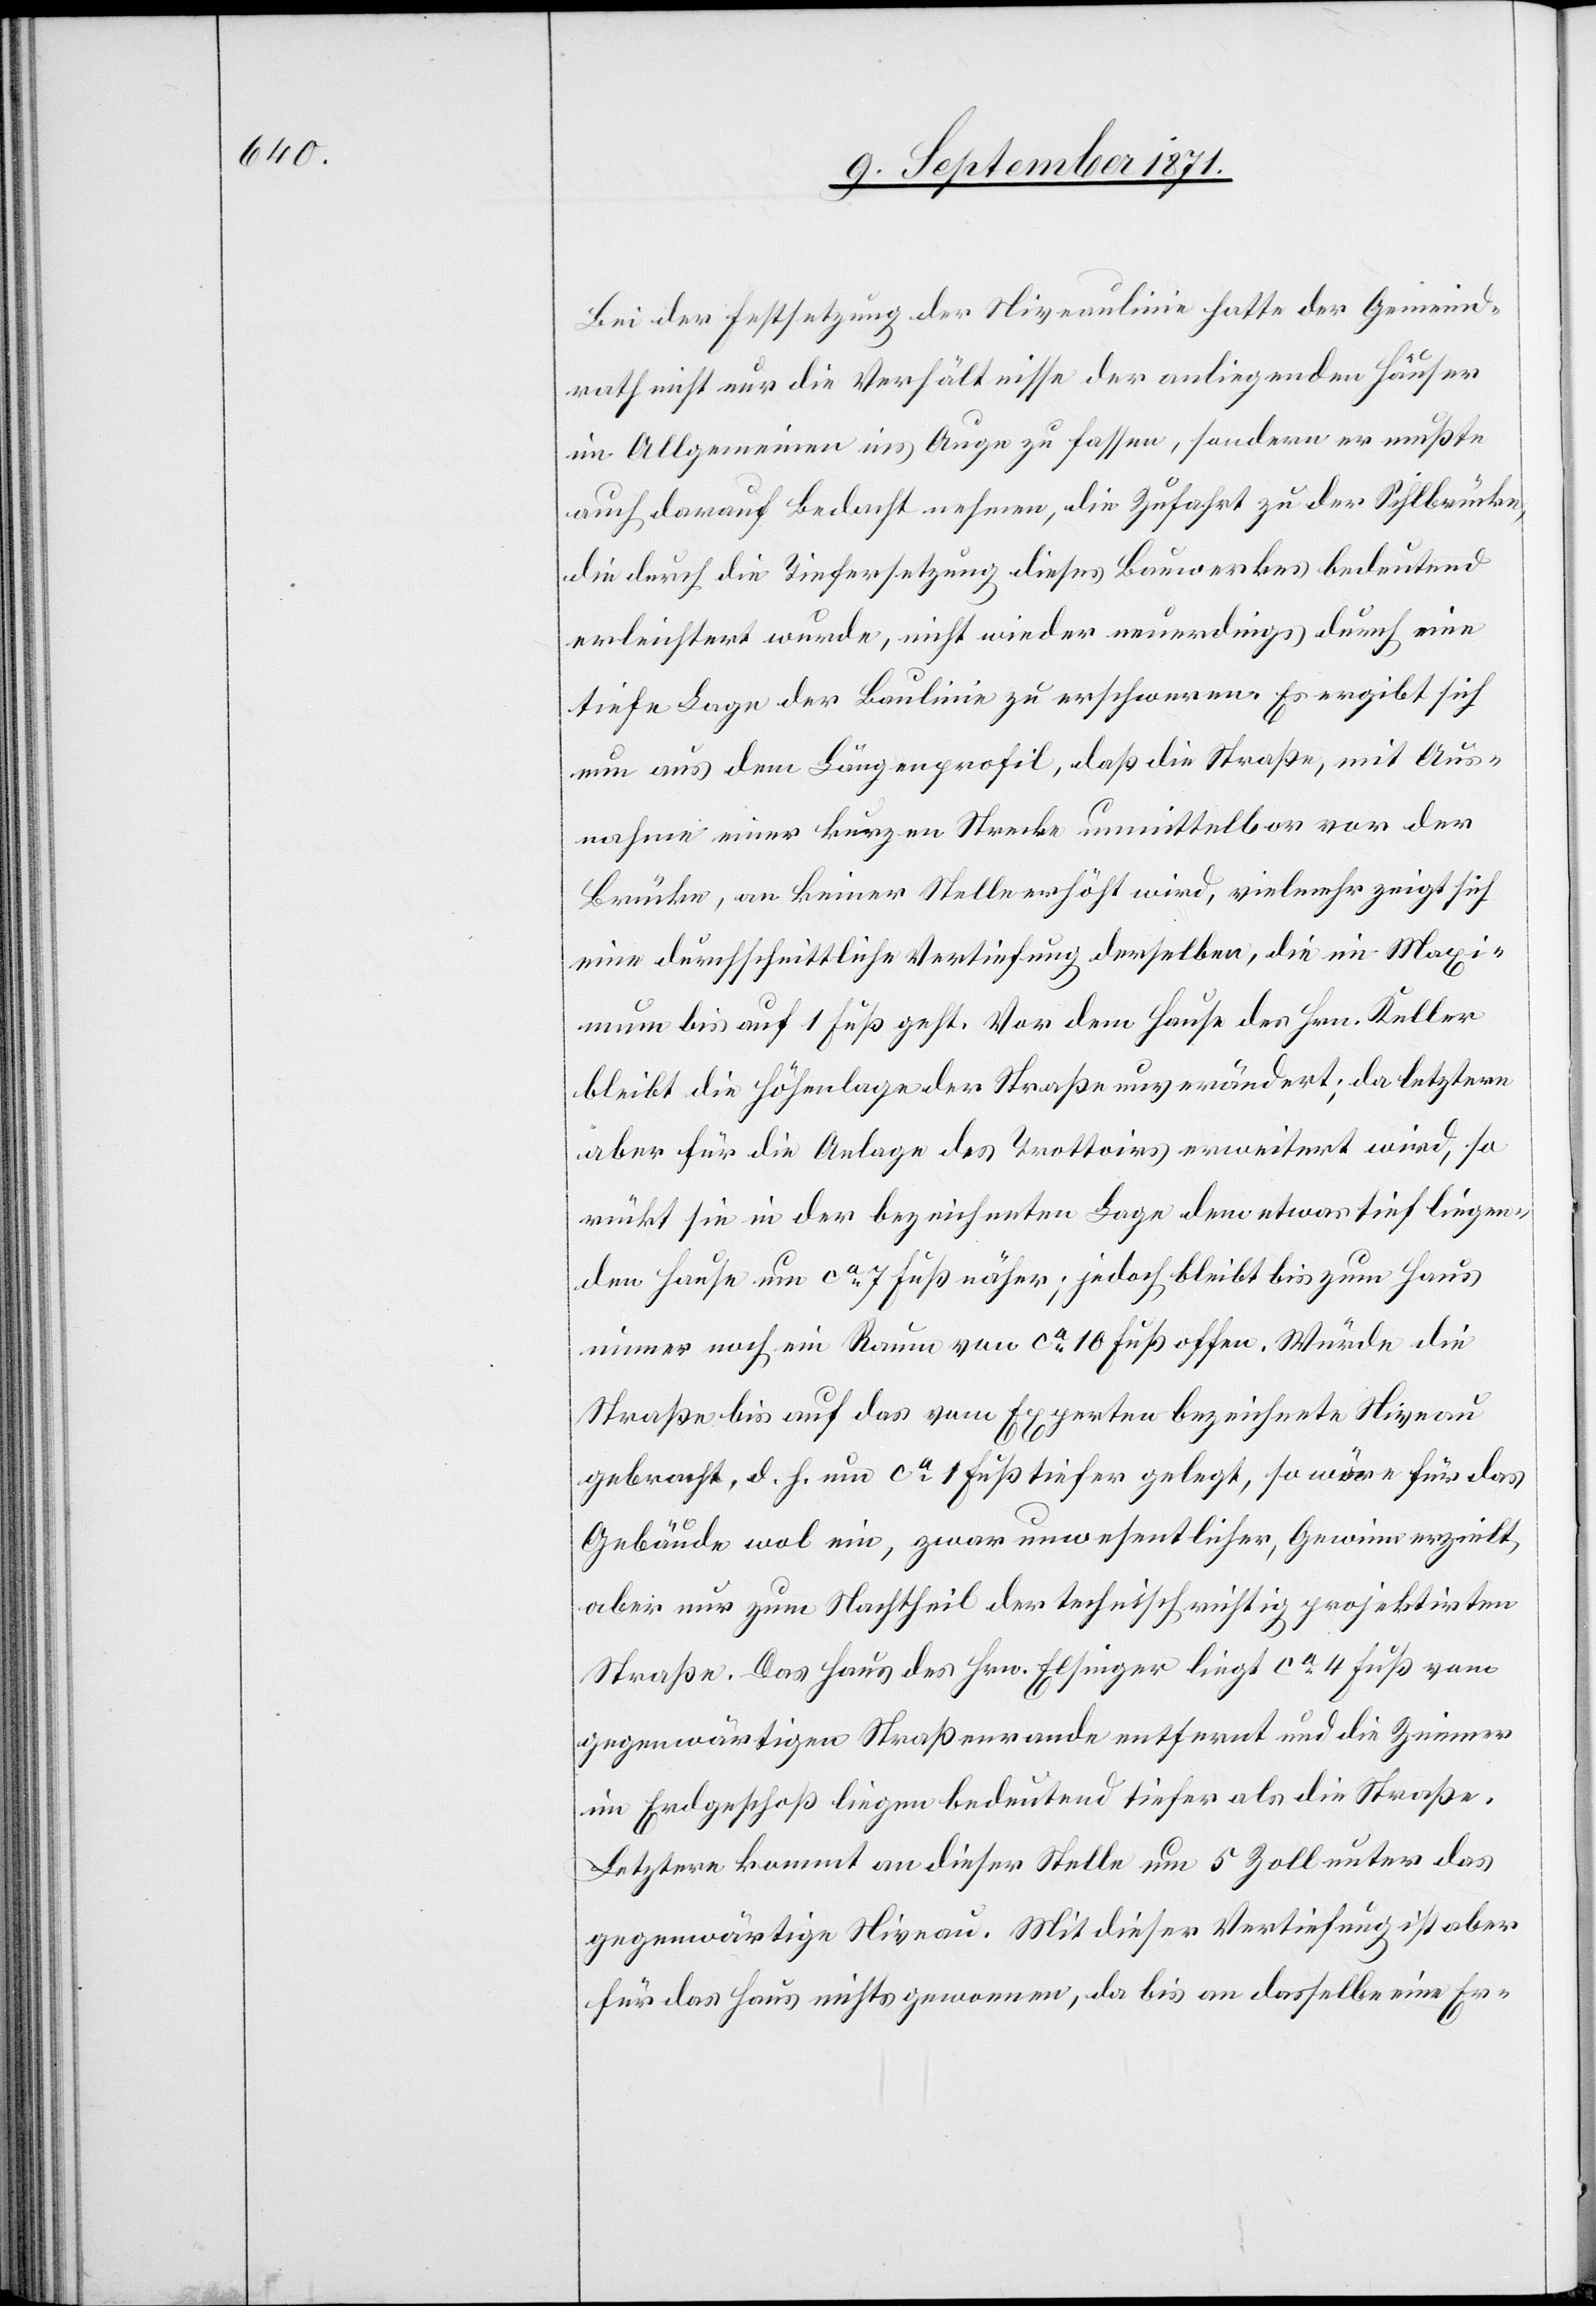
Bei der Festsetzung der Niveaulinie hatte der Gemeind¬
rath nicht nur die Verhältnisse der anliegenden Häuser
im Allgemeinen ins Auge zu fassen, sondern er musste
auch darauf Bedacht nehmen, die Zufahrt zu der Sihlbrücke,
die durch die Tiefersetzung dieses Bauwerkes bedeutend
erleichtert wurde, nicht wieder neuerdings durch eine
tiefe Lage der Baulinie zu erschweren. Es ergibt sich
nun aus dem Längenprofil, daß die Straße mit Aus¬
nahme einer kurzen Strecke unmittelbar vor der
Brücke, an keiner Stelle erhöht wird, vielmehr zeigt sich
eine durchschnittliche Vertiefung derselben, die im Maxi¬
mum bis auf 1 Fuß geht. Vor dem Hause des Hrn. Keller
bleibt die Höhenlage der Straße unverändert; da letztere
aber für die Anlage des Trottoirs erweitert wird, so
rückt sie in der bezeichnete Lage dem etwas tief liegen¬
den Hause um ca 7 Fuß näher; jedoch bleibt bis zum Haus
immer noch ein Raum von ca 10 Fuss offen. Würde die
Straße bis auf das vom Experten bezeichnete Niveau
gebracht, d. h. um ca 1 Fuß tiefer gelegt, so wäre für das
Gebäude wol ein, zwar unwesentlicher, Gewinn erzielt,
aber nur zum Nachtheil der technisch richtig projektirten
Straße. Das Haus des Hrn. Elsinger liegt ca 4 Fuß vom
gegenwärtigen Straßenrande entfernt und die Zimmer
im Erdgeschoß liegen bedeutend tiefer als die Straße.
Letztere kommt an dieser Stelle um 5 Zoll unter das
gegenwärtige Niveau. Mit dieser Vertiefung ist aber
für das Haus nichts gewonnen, da bis an dasselbe eine Er-